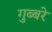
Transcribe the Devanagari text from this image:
गुब्बरे